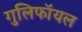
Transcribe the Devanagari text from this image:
गुलिफॉयल